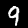
Label: 9